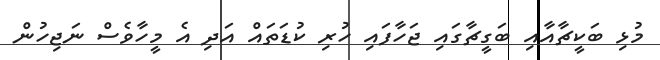
މުޅި ބަކީޗާއާއި ބަގީޗާގައި ޖަހާފައި ހުރި ކުޑަތައް އަދި އެ މީހާވެސް ނަޖިހުން